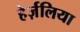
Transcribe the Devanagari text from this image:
हेर्ज़लिया